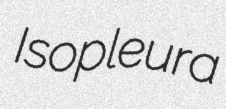
Isopleura